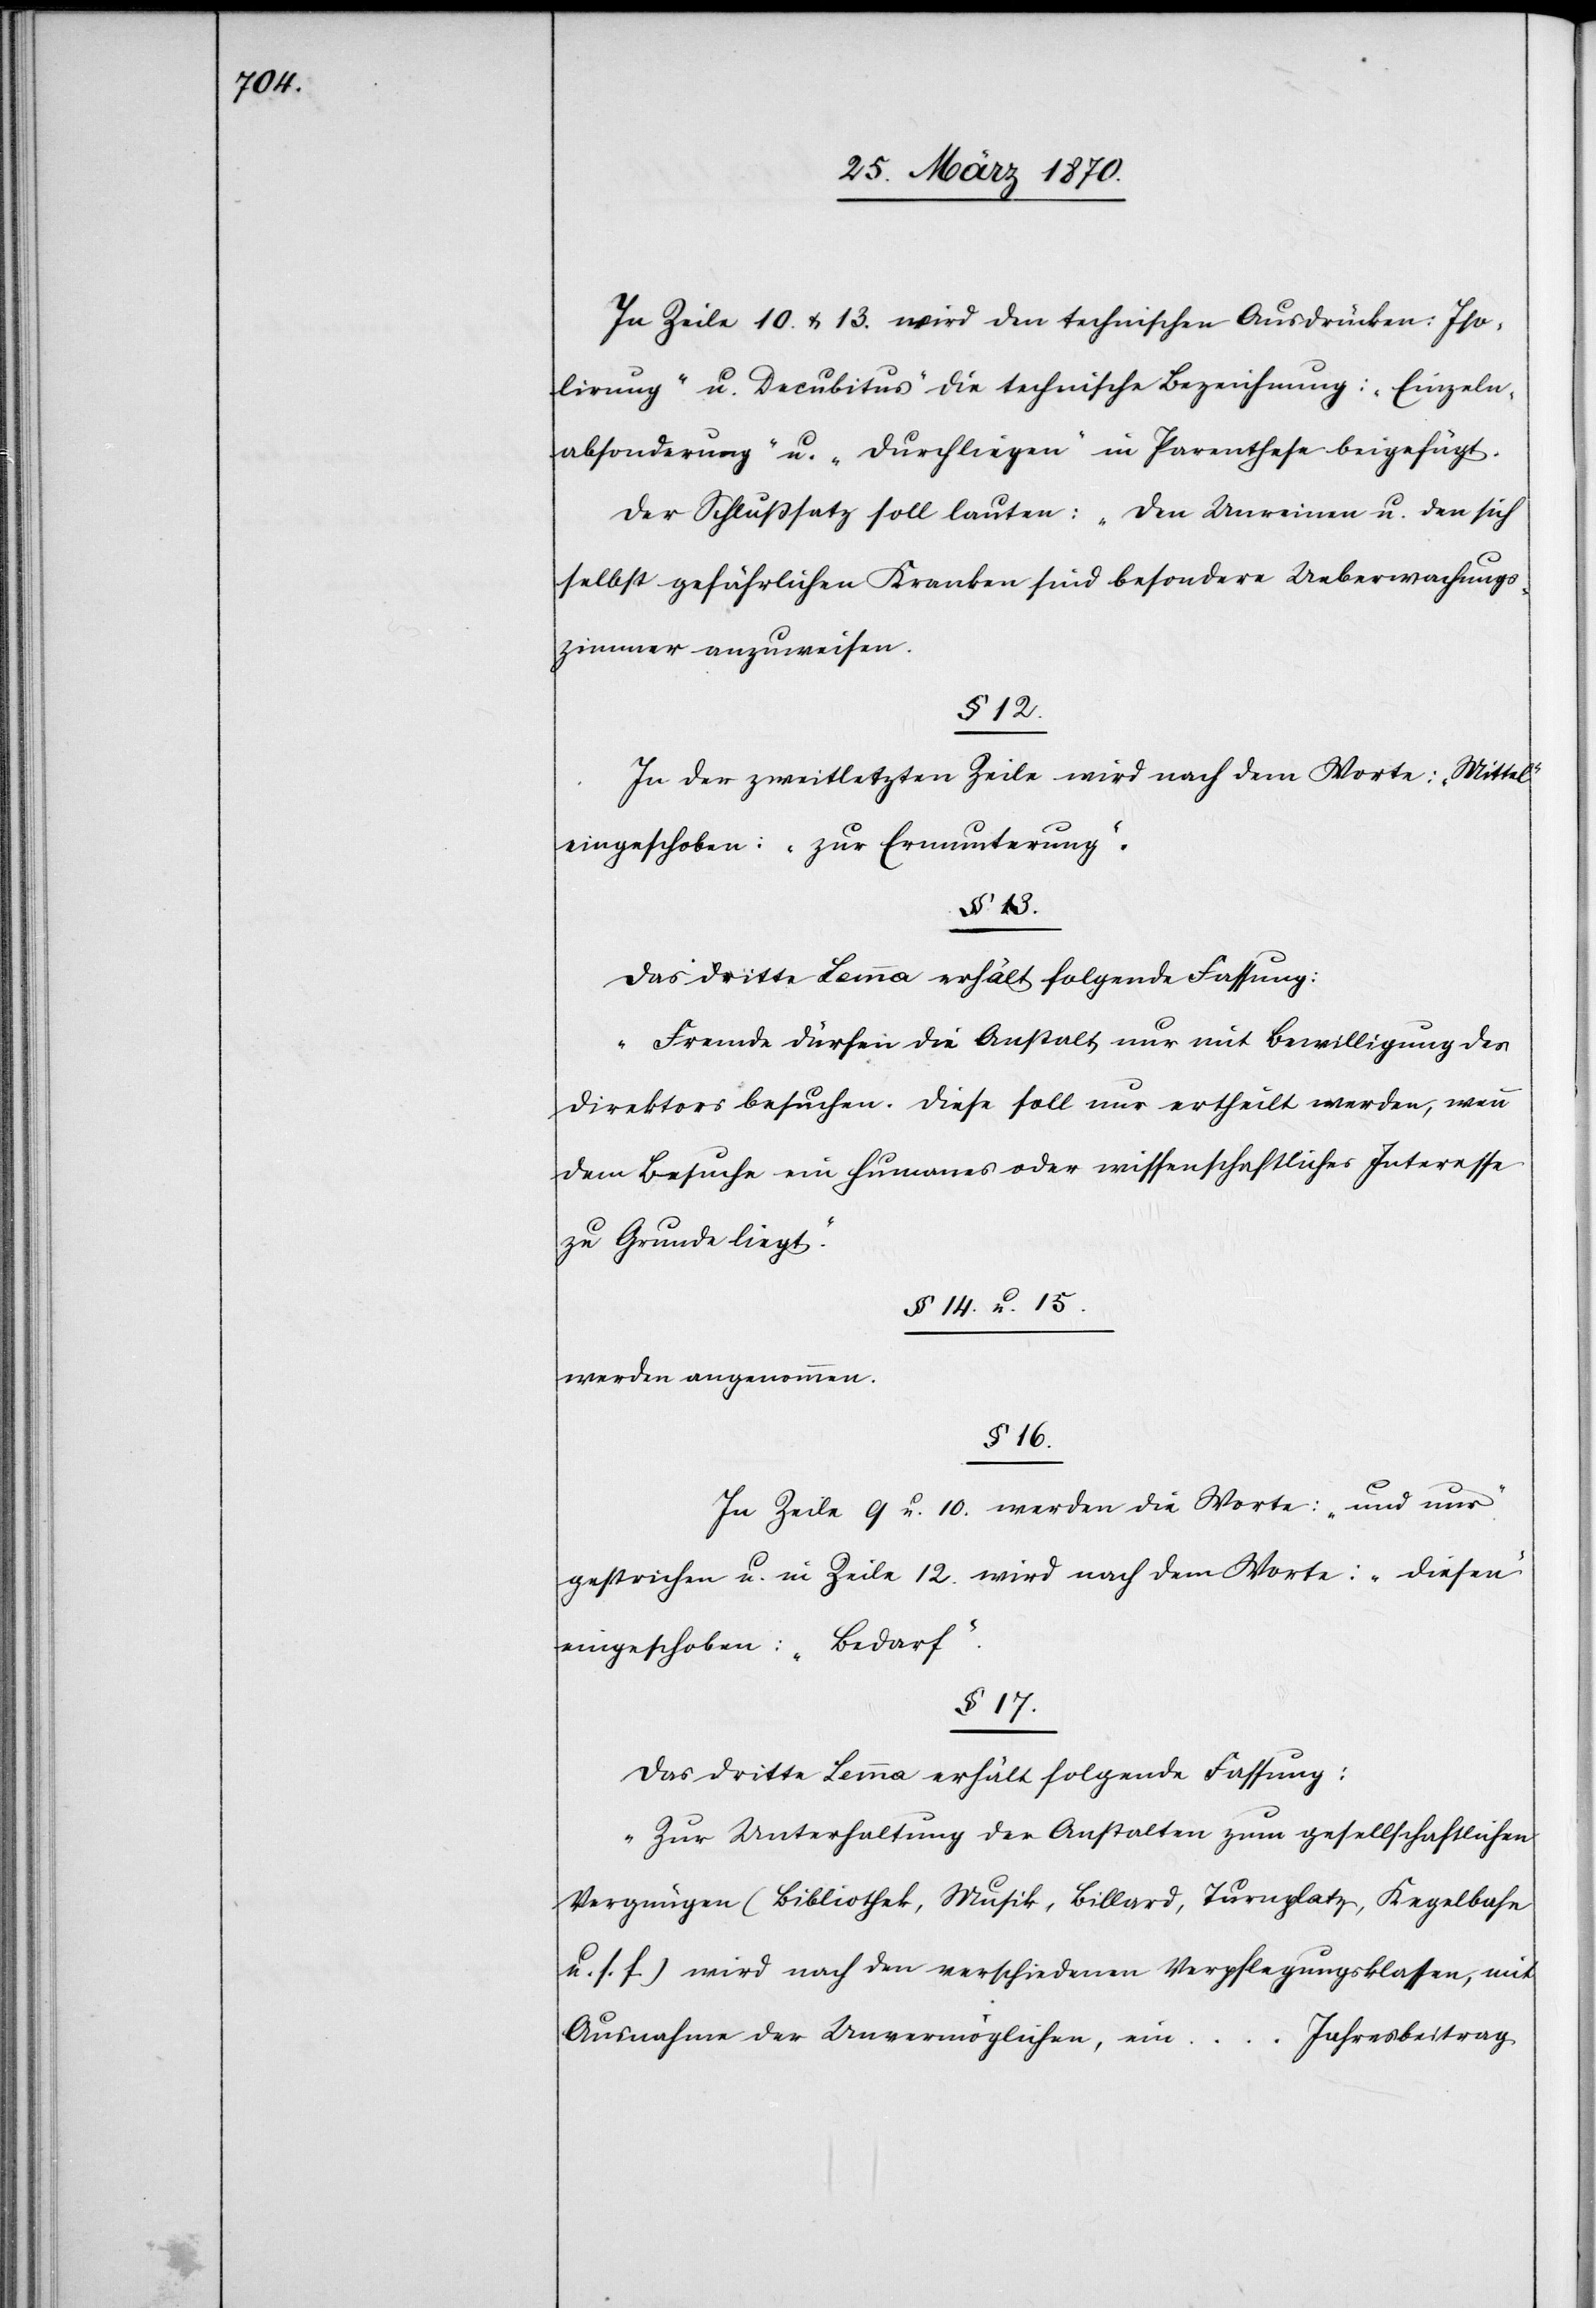
In Zeile 10. & 13. wird den technischen Ausdrücken: „Iso¬
lirung“ u. „Decubitus“ die technische Bezeichnung: „Einzeln¬
absonderung“ u. „Durchliegen“ in Parenthese beigefügt.
Der Schlußsatz soll lauten: „Den Unreinen u. den sich
selbst gefährlichen Kranken sind besondere Ueberwachungs¬
zimmer anzuweisen.“
§ 13.
In der zweitletzten Zeile wird nach dem Worte: „Mittel“
eingeschoben: „zur Ermunterung“.
„Fremde dürfen die Anstalt nur mit Bewilligung des
Direktors besuchen. Diese soll nur ertheilt werden, wenn
dem Besuche ein humanes oder wissenschaftliches Interesse
zu Grunde liegt.“
§ 14. u. 15.
werden angenommen.
§ 16.
In Zeile 9 u. 10. werden die Worte: „und nur“
gestrichen u. in Zeile 12. wird nach dem Worte: „diesen“
eingeschoben: „Bedarf“.
§ 17.
Das dritte Lemma erhält folgende Fassung:
„Zur Unterhaltung der Anstalten zum gesellschaftlichen
Vergnügen (Bibliothek, Musik, Billard, Turnplatz, Kegelbahn
u. s. f.) wird nach den verschiedenen Verpflegungsklassen, mit
Ausnahme der Unvermöglichen, ein …
Jahresbeitrag